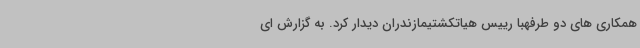
همکاری های دو طرفهبا رییس هیاتکشتیمازندران دیدار کرد. به گزارش ای